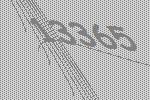
13365